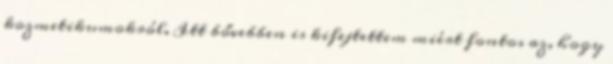
kozmetikumokról. Itt bővebben is kifejtettem miért fontos az, hogy